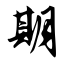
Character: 期